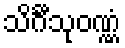
သိင်္ဂီသုဝဏ္ဏံ